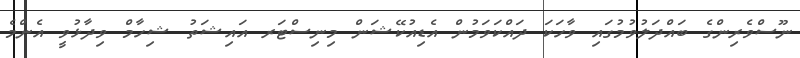
ނޫސްވެރިންގެ ބައްދަލުވުމުގައި ވާހަކަ ދައްކަވަމުން އެޑިއުކޭޝަން މިނިސްޓަރ އައިޝަތު ޝިހާމް ވިދާޅުވީ އެންމެ